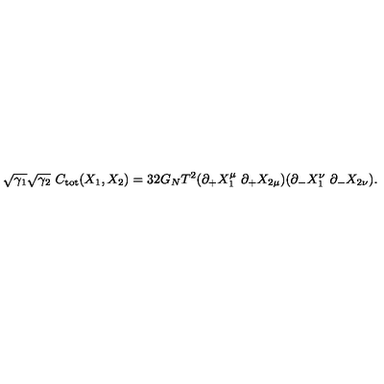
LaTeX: \sqrt { \gamma _ { 1 } } \sqrt { \gamma _ { 2 } } \ C _ { \mathrm { t o t } } ( X _ { 1 } , X _ { 2 } ) = 3 2 G _ { N } T ^ { 2 } ( \partial _ { + } X _ { 1 } ^ { \mu } \ \partial _ { + } X _ { 2 \mu } ) ( \partial _ { - } X _ { 1 } ^ { \nu } \ \partial _ { - } X _ { 2 \nu } ) .